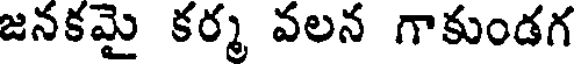
జనకమై కర్మ వలన గాకుండగ